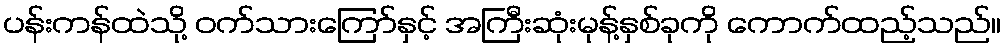
ပန်းကန်ထဲသို့ ဝက်သားကြော်နှင့် အကြီးဆုံးမုန့်နှစ်ခုကို ကောက်ထည့်သည်။